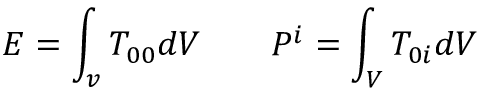
E = \int _ { v } T _ { 0 0 } d V \qquad P ^ { i } = \int _ { V } T _ { 0 i } d V